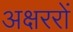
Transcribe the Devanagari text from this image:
अक्षररों